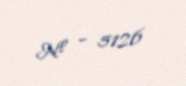
№ - 5126